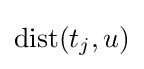
\mathrm {dist} (t_{j},u)